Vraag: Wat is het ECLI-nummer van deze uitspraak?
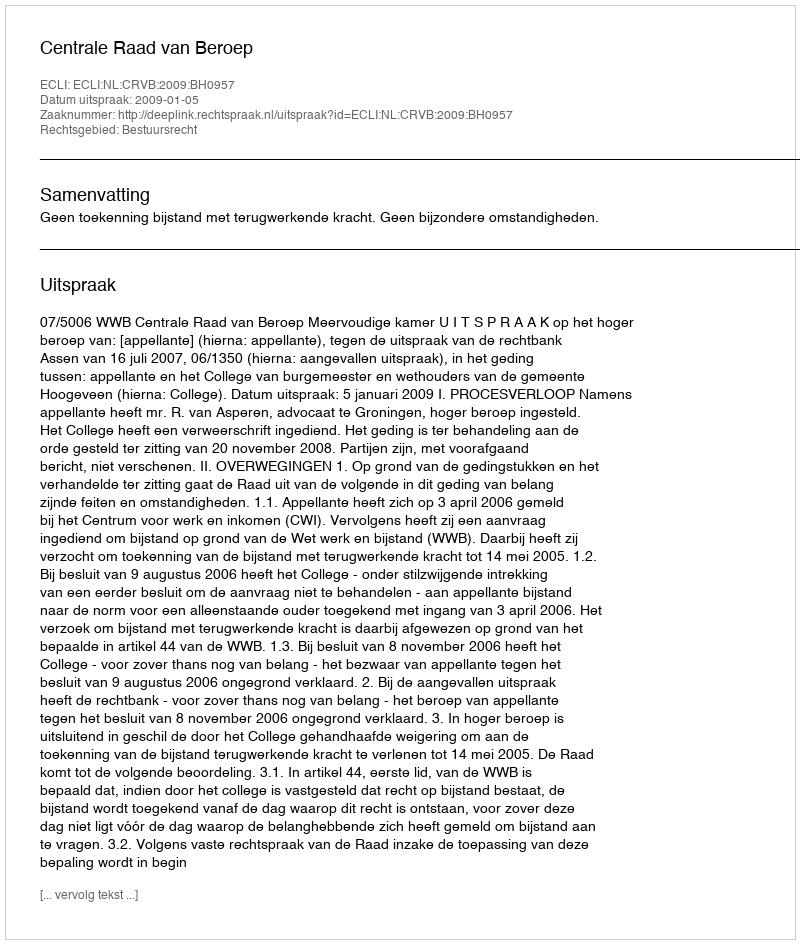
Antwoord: ECLI:NL:CRVB:2009:BH0957